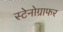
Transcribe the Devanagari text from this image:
स्टेनोग्राफर